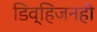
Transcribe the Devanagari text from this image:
डिव्हिजनही